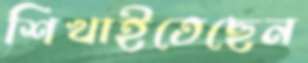
শিখাইতেছেন